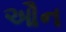
ઔન